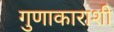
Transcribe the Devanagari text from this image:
गुणाकाराशी